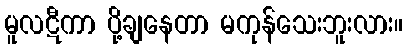
မူလဋီကာ ပို့ချနေတာ မကုန်သေးဘူးလား။